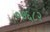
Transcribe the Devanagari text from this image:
०७६८२